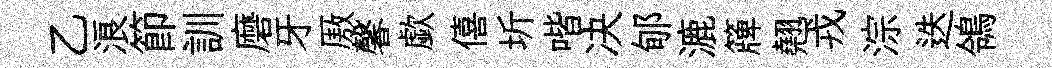
乙浪節訓磨牙厫馨歔僖圻喈决郇漉簰翹戎淙迭鴒